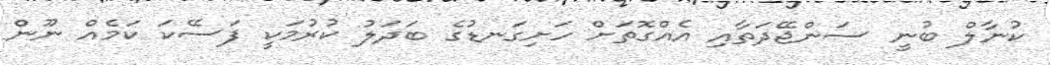
ކުނާލް ބުނީ ސަންޖޭދަތާއި އެއްގޮތަށް ހަށިގަނޑުގެ ބަދަލު ކުރުމަކީ ފަސޭކަ ކަމެއް ނޫން